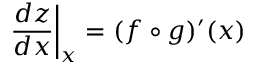
\left. { \frac { d z } { d x } } \right| _ { x } = ( f \circ g ) ^ { \prime } ( x )